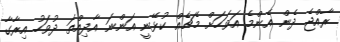
ރާއްޖެ ދެން އެންމެ އަވަހަށް މެޗެއް ކުޅޭނީ އަންނަ އާދިއްތަ ދުވަހު އިރާގާ